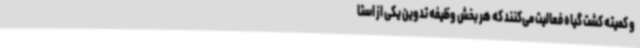
و کمیته کشت گیاه فعالیت می‌کنند که هر بخش وظیفه تدوین یکی از استا